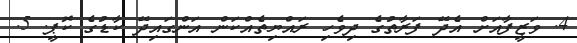
4. ވަޒީފާއަށް އެދޭ ފަރާތުގެ ދިވެހި ރައްޔިތެއްކަން އަންގައިދޭ ކާޑުގެ ކޮޕީ. 5.